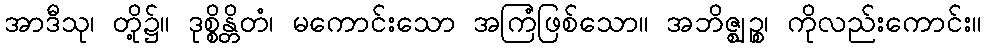
အာဒီသု၊ တို့၌။ ဒုစ္စိန္တိတံ၊ မကောင်းသော အကြံဖြစ်သော။ အဘိဇ္ဈဉ္စ၊ ကိုလည်းကောင်း။